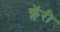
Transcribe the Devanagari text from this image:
क्लॅरी